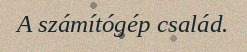
A számítógép család.